画像に写った文字を読んでください
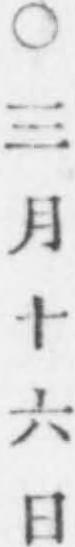
「○三月十六日」と書いてあります